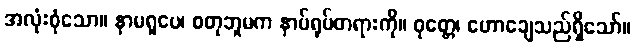
အလုံးစုံသော။ နာမရူပေ၊ စတုဘူမက နာမ်ရုပ်တရားကို။ ဝုတ္တေ၊ ဟောချေသည်ရှိသော်။